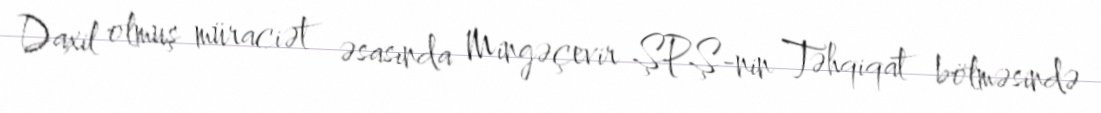
Daxil olmuş müraciət əsasında Mingəçevir ŞPŞ-nin Təhqiqat bölməsində